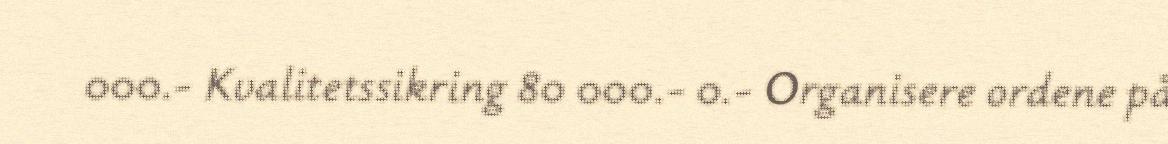
000.- Kvalitetssikring 80 000.- 0.- Organisere ordene på